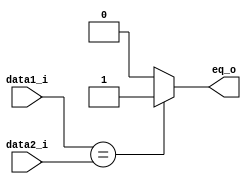
module eq(data1_i, data2_i, eq_o);
input [31:0]data1_i, data2_i;
output eq_o;

assign eq_o = (data1_i == data2_i)? 1'b1:1'b0;

endmodule